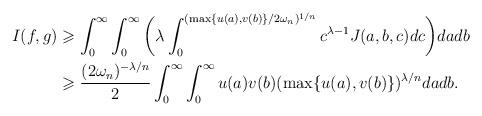
LaTeX: \begin{align*}I(f,g)&\geqslant \int_0^\infty \int_0^\infty \bigg(\lambda \int_0^{(\max\{u(a), v(b)\}/2\omega_n)^{1/n}} c^{\lambda-1} J(a,b,c) dc \bigg) da db \\& \geqslant \frac{(2\omega_n)^{-\lambda/n}}2 \int_0^\infty \int_0^\infty u(a) v(b) (\max\{u(a), v(b)\})^{\lambda /n} da db.\end{align*}